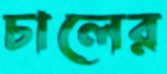
চালের